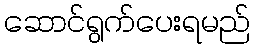
ဆောင်ရွက်ပေးရမည်